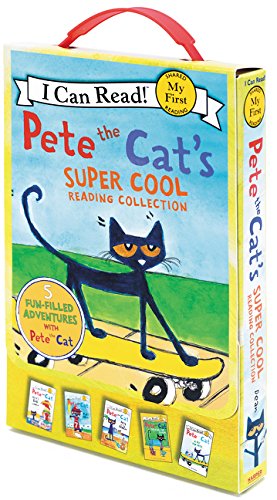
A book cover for Pete the Cat's Super Cool Reading Collection (My First I Can Read); James Dean; Children's Books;